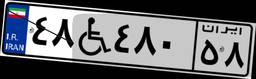
۴۸W۴۸۰۵۸